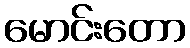
မောင်းတော